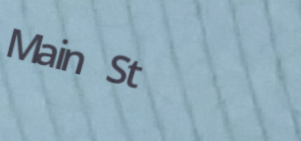
Main St